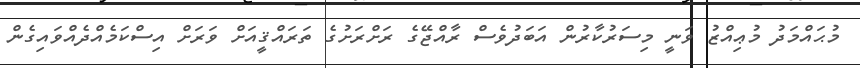
މުޙައްމަދު މުޢިއްޒު ވަނީ މިސަރުކާރުން އަބަދުވެސް ރާއްޖޭގެ ރަށްރަށުގެ ތަރައްޤީއަށް ވަރަށް އިސްކަމެއްދެއްވައިގެން